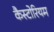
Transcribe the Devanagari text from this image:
कैस्टोरियम